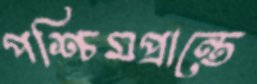
পশ্চিমপ্রান্তে